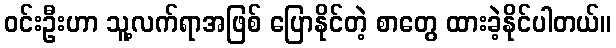
ဝင်းဦးဟာ သူ့လက်ရာအဖြစ် ပြောနိုင်တဲ့ စာတွေ ထားခဲ့နိုင်ပါတယ်။